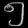
Digit: ၅